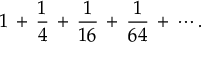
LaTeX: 1 \, + \, { \frac { 1 } { 4 } } \, + \, { \frac { 1 } { 1 6 } } \, + \, { \frac { 1 } { 6 4 } } \, + \, \cdots .